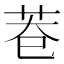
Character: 𮎨